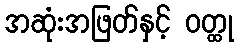
အဆုံးအဖြတ်နှင့် ဝတ္ထု